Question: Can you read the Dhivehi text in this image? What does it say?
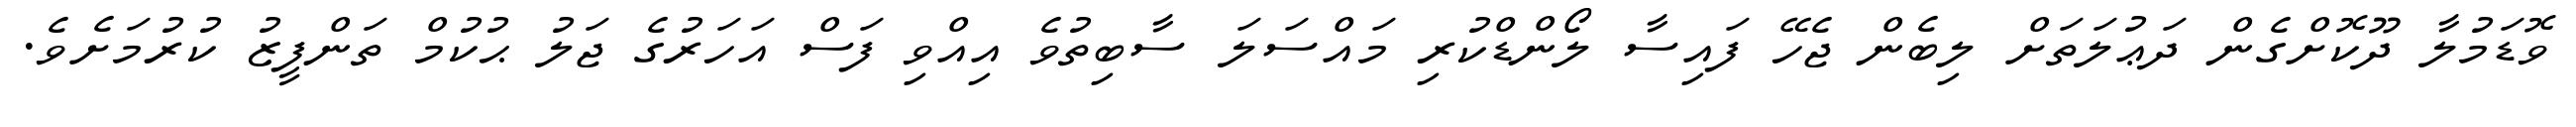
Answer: ވޮޑަމުލާ ދޫކޮށްގެން ދަޢުލަތަށް ލިބެން ޖެހޭ ފައިސާ ލޯންޑްކުރި މައްސަލަ ސާބިތުވެ އިއްވި ފަސް އަހަރުގެ ޖަލު ޙުކުމް ތަންފީޒު ކުރުމަށެވެ.